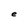
Character: e